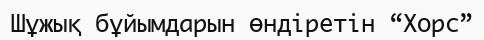
Шұжық бұйымдарын өндіретін “Хорс”